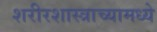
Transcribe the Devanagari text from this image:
शरीरशास्त्राच्यामध्ये